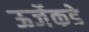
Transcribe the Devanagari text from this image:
ऊर्जेकडे